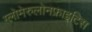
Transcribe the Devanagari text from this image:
ग्लोमेरुलोनफ्राइटिस